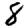
Digit: 8